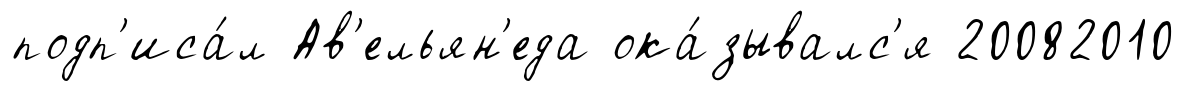
подп'иса́л Ав'ельян'еда ока́зывалс'я 20082010